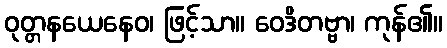
ဝုတ္တနယေနေဝ၊ ဖြင့်သာ။ ဝေဒိတဗ္ဗာ၊ ကုန်၏။